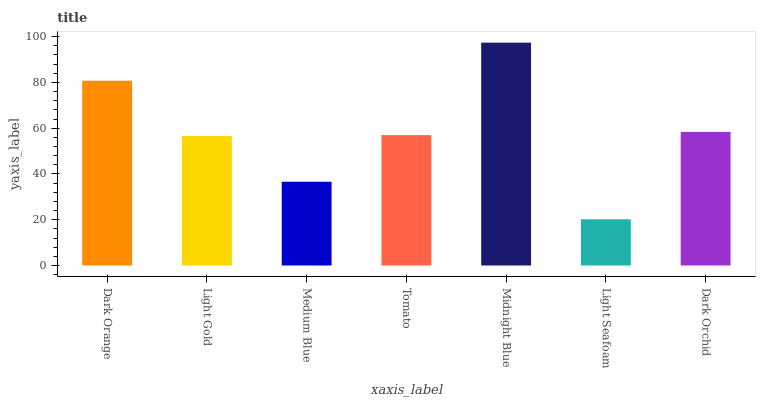
| xaxis_label | bars |
 | --- | --- |
 | Dark Orange | 80.7 |
 | Light Gold | 56.5 |
 | Medium Blue | 36.6 |
 | Tomato | 57 |
 | Midnight Blue | 97.4 |
 | Light Seafoam | 20.2 |
 | Dark Orchid | 58.4 |